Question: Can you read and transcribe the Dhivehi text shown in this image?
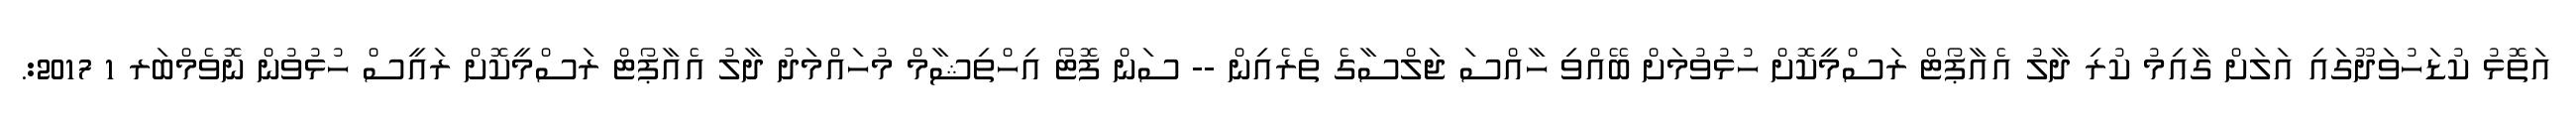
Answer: އަތޮޅު ކުޑަހުވަދޫގައި އަލަށް ގާއިމު ކުރި ދާލު އެއާޕޯޓް ރަސްމީކޮށް ހުޅުވުމަށް ބޭއްވި ހާއްސަ ޖަލްސާގެ ތެރެއިން -- ސަން ފޮޓޯ އިހްތިޝާމް މުހައްމަދު ދާލު އެއާޕޯޓް ރަސްމީކޮށް ރައީސް ހުޅުވުން ނޮވެމްބަރ 1 2017:.